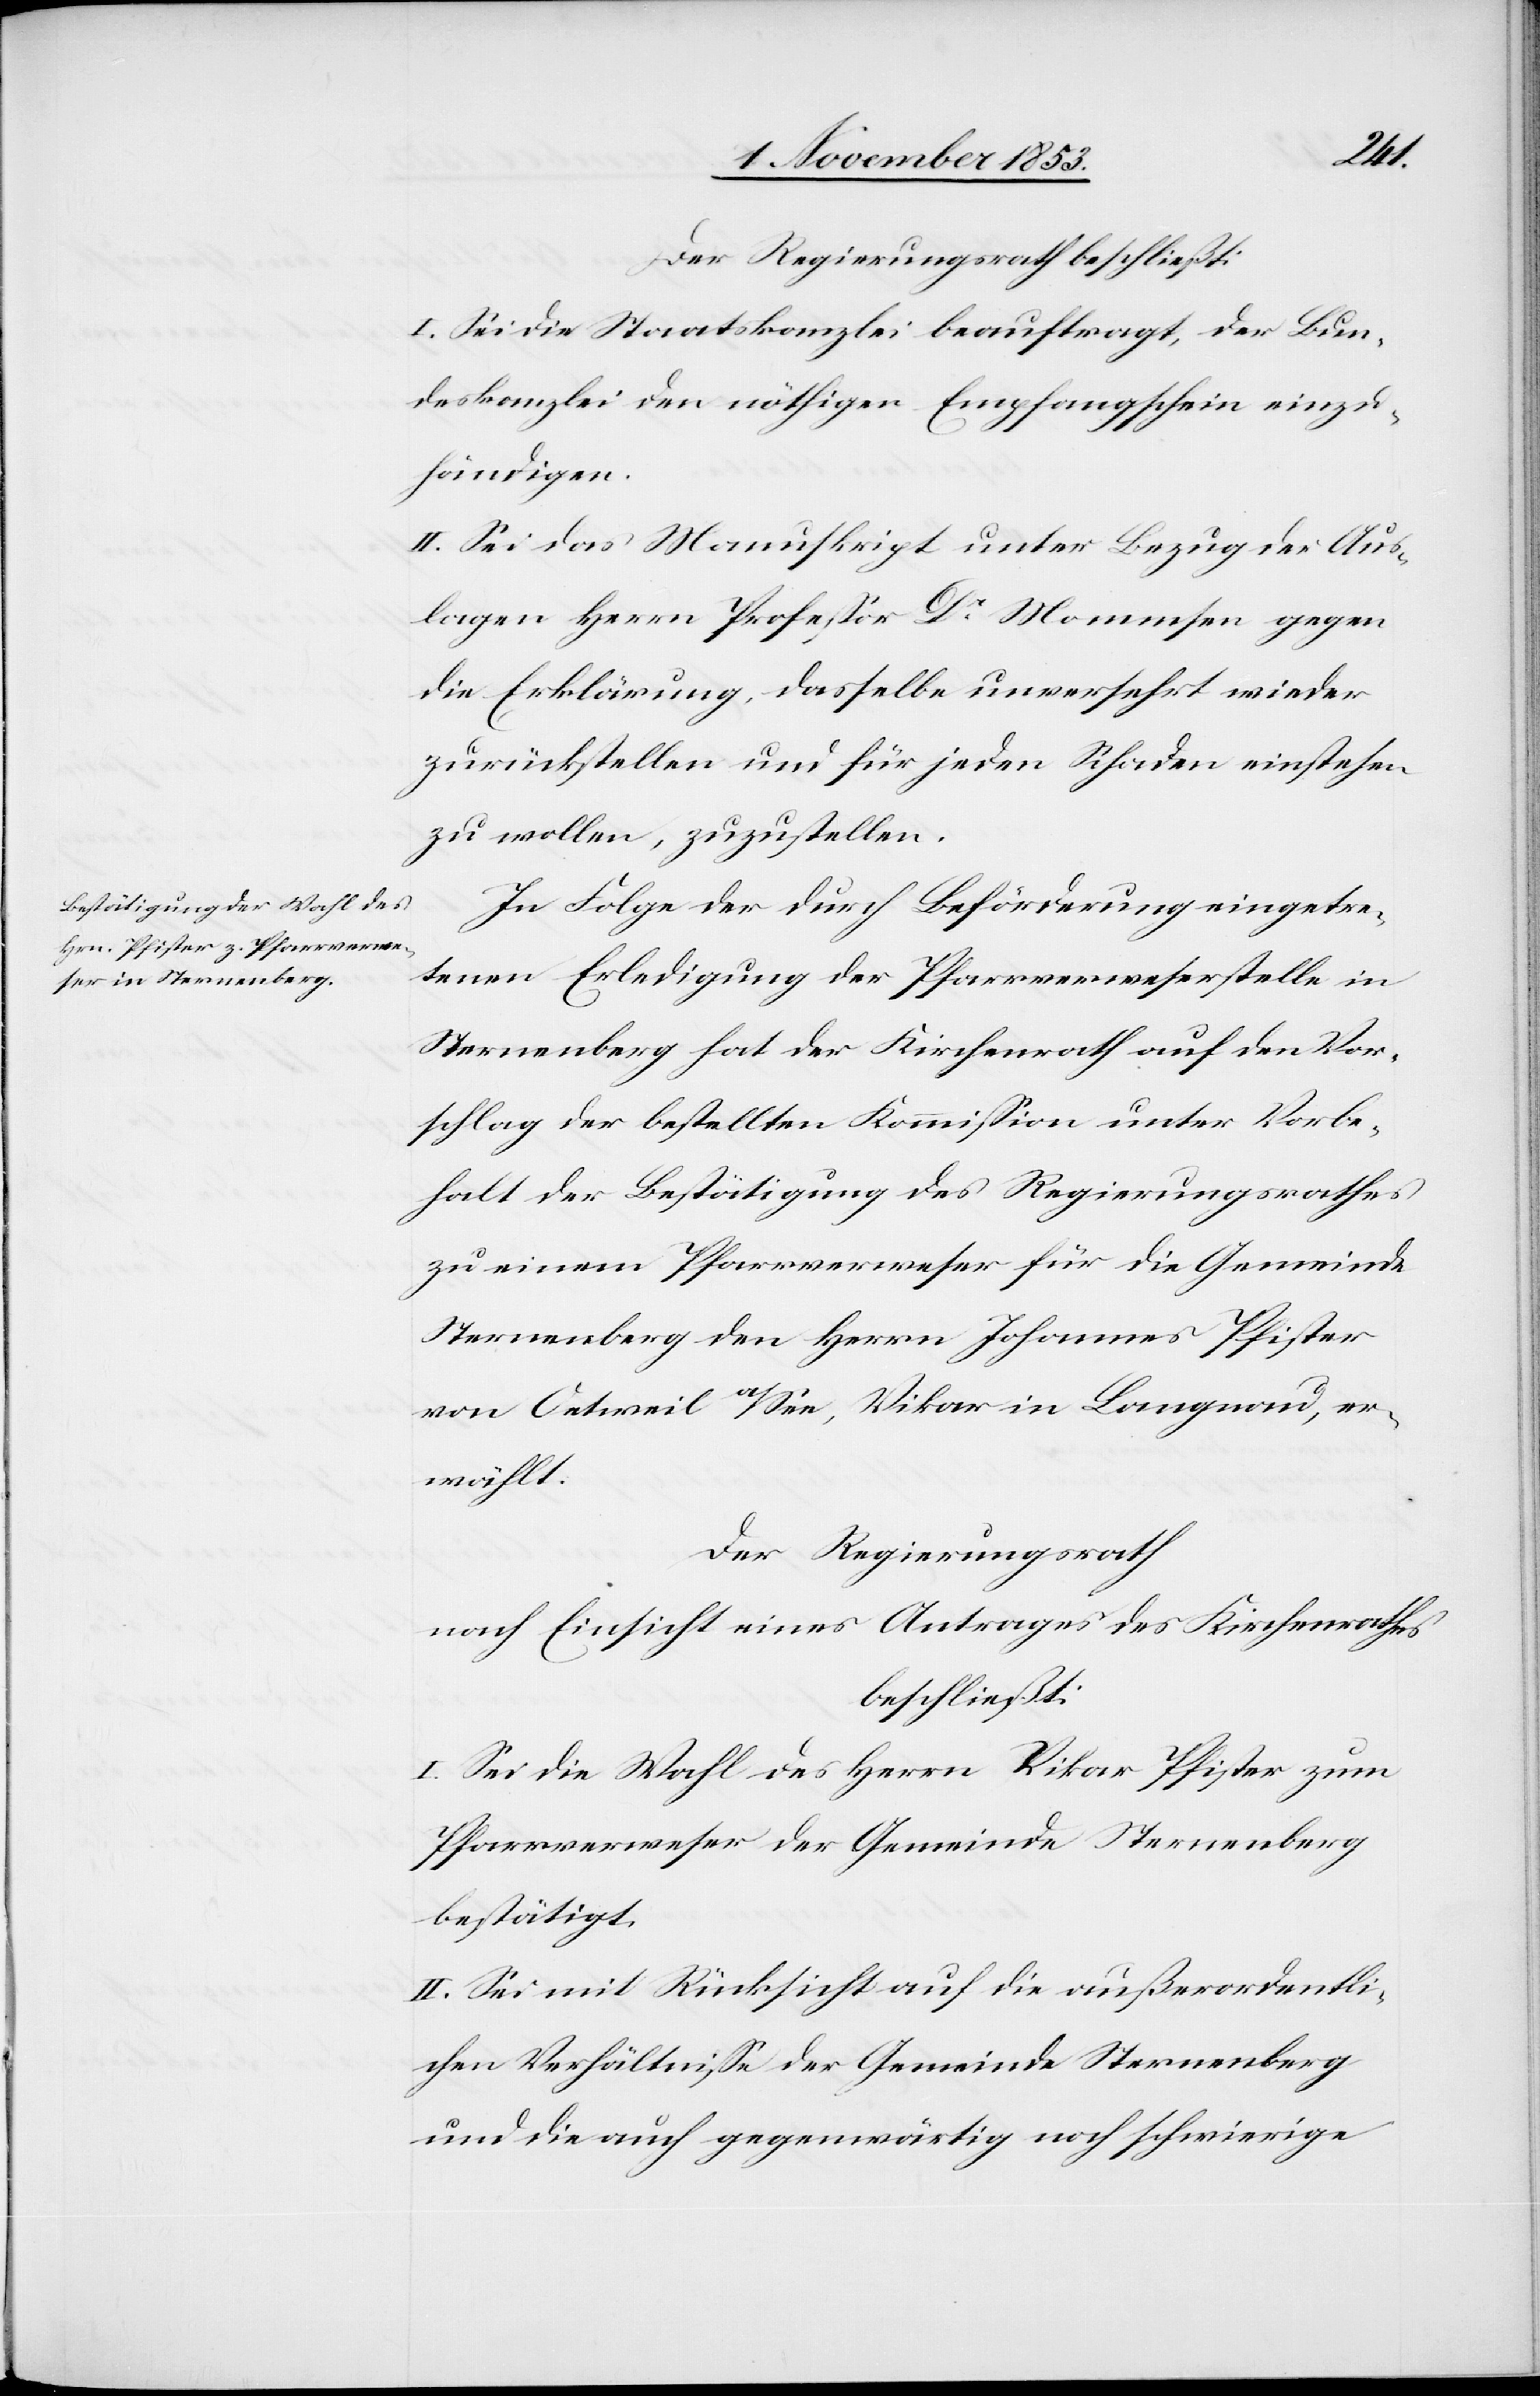
Der Regierungsrath beschließt:
I. Sei die Staatskanzlei beauftragt, der Bun¬
deskanzlei den nöthigen Empfangsschein einzu¬
händigen.
II. Sei das Manuskript unter Bezug der Aus¬
lagen Herrn Profeßor Dr Mommsen gegen
die Erklärung, dasselbe unversehrt wieder
zurückstellen und für jeden Schaden einstehen
zu wollen, zuzustellen.
In Folge der durch Beförderung eingetre¬
tenen Erledigung der Pfarrverweserstelle in
Sternenberg hat der Kirchenrath auf den Vor¬
schlag der bestellten Kommißion unter Vorbe¬
halt der Bestätigung des Regierungsrathes
zu einem Pfarrverweser für die Gemeinde
Sternenberg den Herrn Johannes Pfister
von Oetweil a/See, Vikar in Langnau, er¬
wählt.
Der Regierungsrath
nach Einsicht eines Antrages des Kirchenrathes
beschließt:
I. Sei die Wahl des Herrn Vikar Pfister zum
Pfarrverweser der Gemeinde Sternenberg
bestätigt.
II. Sei mit Rücksicht auf die außerordentli¬
chen Verhältniße der Gemeinde Sternenberg
und die auch gegenwärtig noch schwierige